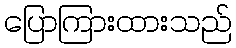
ပြောကြားထားသည်